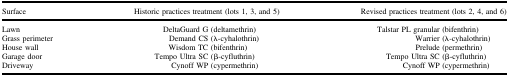
<table><thead><tr><td><b>Surface</b></td><td><b>Historic practices treatment (lots 1, 3, and 5)</b></td><td><b>Revised practices treatment (lots 2, 4, and 6)</b></td></tr></thead><tbody><tr><td>Lawn</td><td>DeltaGuard G (deltamethrin)</td><td>Talstar PL granular (bifenthrin)</td></tr><tr><td>Grass perimeter</td><td>Demand CS (λ-cyhalothrin)</td><td>Warrier (λ-cyhalothrin)</td></tr><tr><td>House wall</td><td>Wisdom TC (bifenthrin)</td><td>Prelude (permethrin)</td></tr><tr><td>Garage door</td><td>Tempo Ultra SC (β-cyfluthrin)</td><td>Tempo Ultra SC (β-cyfluthrin)</td></tr><tr><td>Driveway</td><td>Cynoff WP (cypermethrin)</td><td>Cynoff WP (cypermethrin)</td></tr></tbody></table>